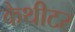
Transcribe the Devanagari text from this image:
कैथीटर